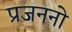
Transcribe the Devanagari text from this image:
प्रजननो